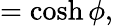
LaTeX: =\cosh\phi,